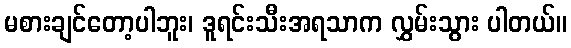
မစားချင်တော့ပါဘူး၊ ဒူရင်းသီးအရသာက လွှမ်းသွား ပါတယ်။